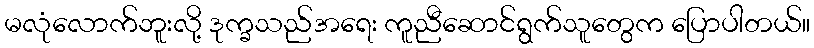
မလုံလောက်ဘူးလို့ ဒုက္ခသည်အရေး ကူညီဆောင်ရွက်သူတွေက ပြောပါတယ်။